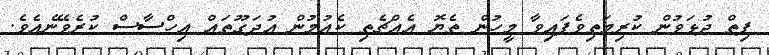
ފިތް ދުޅަވުން ކުރިމަތިވެފައިވާ މީހުން ތެޔޮ އެއްޗެތި ކެއުމުން އުދަގޫތައް އިހްސާސް ކުރެވޭނެއެވެ.